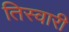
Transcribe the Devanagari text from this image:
तिस्वारी